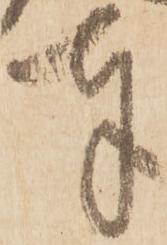
奉